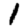
Digit: 1